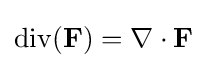
\operatorname {div} (\mathbf {F} )=\nabla \cdot \mathbf {F}